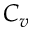
C _ { v }